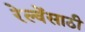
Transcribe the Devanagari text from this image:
रेल्वेंसाठी